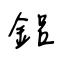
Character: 鋁